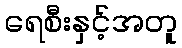
ရေစီးနှင့်အတူ